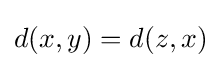
d(x,y)=d(z,x)